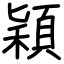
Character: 穎